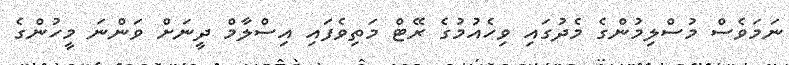
ނަމަވެސް މުސްލިމުންގެ މެދުގައި ވިހެއުމުގެ ރޭޓް މަތިވެފައި އިސްލާމް ދީނަށް ވަންނަ މީހުންގެ